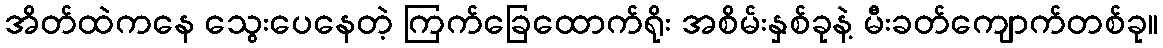
အိတ်ထဲကနေ သွေးပေနေတဲ့ ကြက်ခြေထောက်ရိုး အစိမ်းနှစ်ခုနဲ့ မီးခတ်ကျောက်တစ်ခု။